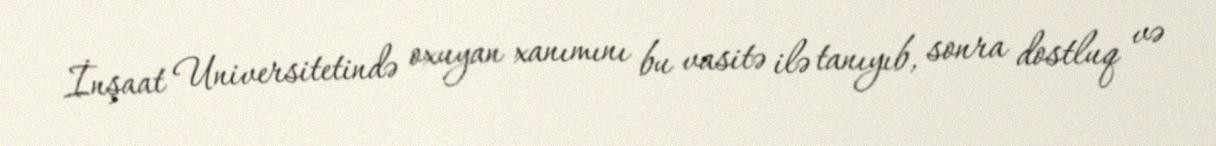
İnşaat Universitetində oxuyan xanımını bu vasitə ilə tanıyıb, sonra dostluq və